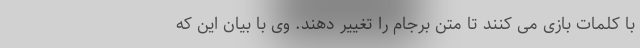
با کلمات بازی می کنند تا متن برجام را تغییر دهند. وی با بیان این که